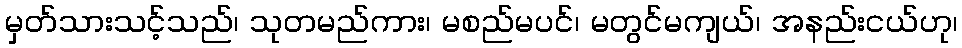
မှတ်သားသင့်သည်၊ သုတမည်ကား၊ မစည်မပင်၊ မတွင်မကျယ်၊ အနည်းငယ်ဟု၊